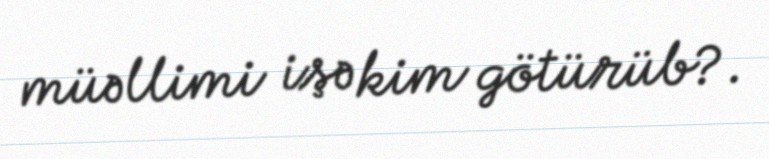
müəllimi işə kim götürüb?.